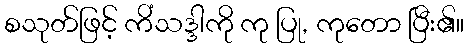
စသုတ်ဖြင့် ကိံသဒ္ဒါကို ကု ပြု, ကုတော ပြီး၏။